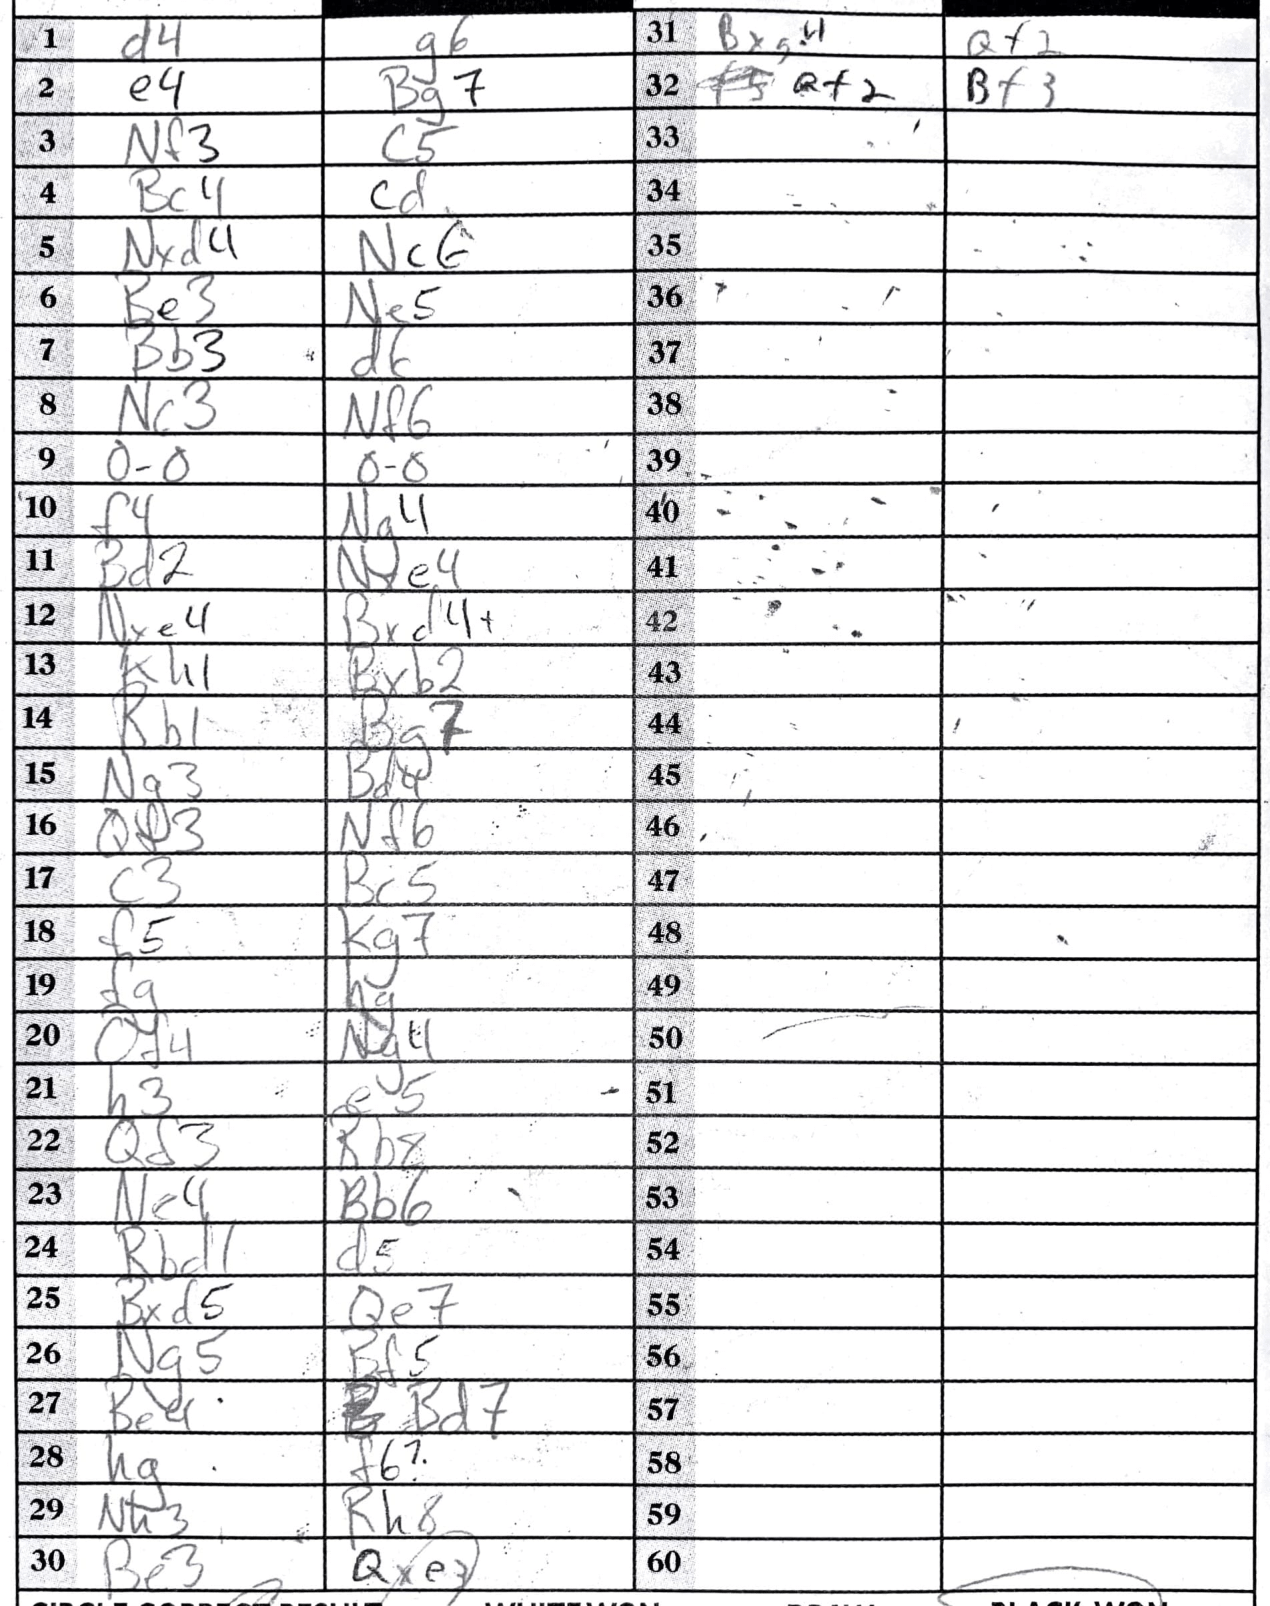
Moves: d4 g6 e4 Bg7 Nf3 c5 Bc4 cd Nxd4 Nc6 Be3 Ne5 Bb3 d6 Nc3 Nf6 O-O O-O f4 Ng4 Bd2 Nxe4 Nxe4 Bxd4+ Kh1 Bxb2 Rb1 Bg7 Ng3 Bd4 Qf3 Nf6 c3 Bc5 f5 Kg7 fg hg Qf4 Ng4 h3 e5 Qd3 Rbx Ne4 Bb6 Rbd1 d5 Bxd5 Qe7 Ng5 Bf5 Be4 Bd7 hg Nh3 Rh8 Be3 Qxe3 Bxg4 Qf2 Qf2 Bf3